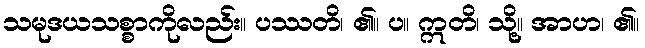
သမုဒယသစ္စာကိုလည်း။ ပဿတိ၊ ၏။ ပ။ ဣတိ၊ သို့။ အာဟ၊ ၏။